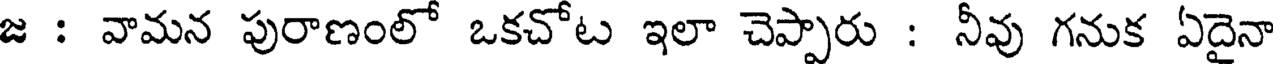
జ : వామన పురాణంలో ఒకచోట ఇలా చెప్పారు : నీవు గనుక ఏదైనా